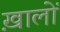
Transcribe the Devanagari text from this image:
ख़ालों